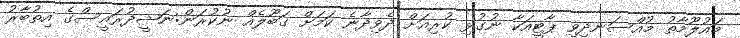
މައުލޫމާތު މުއްސަނދިވި ޕާޓީއަކާ ނުގުޅި ކުރިއަށް ދެވިދާނެ ކަމަށް ގަބޫލެއް ނުކުރަން:ނަޝީދުރައީސްގެ އިތުބާރު